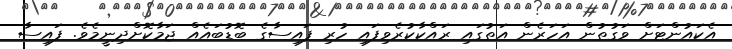
އެކައުންޓަށް ވަގުތުން އަހަރެން އަތުގައި ރައްކާކުރެވިފައި ހުރި ފައިސާގެ ބޮޑުބައެއް ޖަމާކޮށްދިނީމެވެ. ފައިސާ